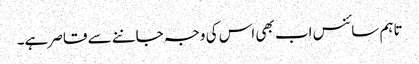
تاہم سائنس اب بھی اس کی وجہ جاننے سے قاصر ہے۔